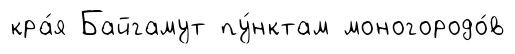
кра́я Байгамут пу́нктам моногородо́в